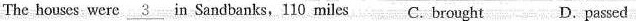
The houses were \underline{3} in Sandbanks, 110 miles C. brought D. passed